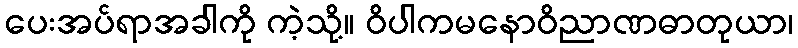
ပေးအပ်ရာအခါကို ကဲ့သို့။ ဝိပါကမနောဝိညာဏဓာတုယာ၊